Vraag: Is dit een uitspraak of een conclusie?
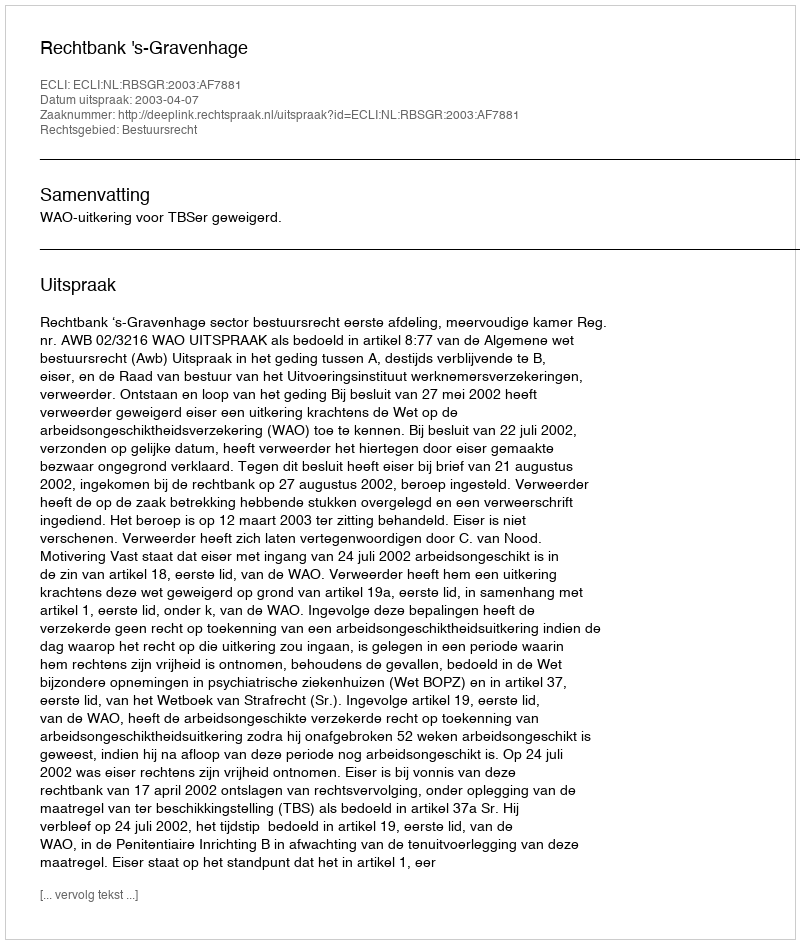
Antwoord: Uitspraak